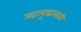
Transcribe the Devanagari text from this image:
महायुद्धासाठी